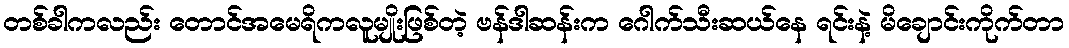
တစ်ခါကလည်း တောင်အမေရိကလူမျိုးဖြစ်တဲ့ ဗန်ဒါဆန်းက ဂေါက်သီးဆယ်နေ ရင်းနဲ့ မိချောင်းကိုက်တာ